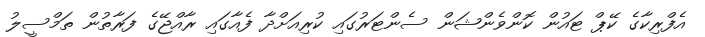
އެފްރިކާގެ ކޭޕް ޓައުން ކޮންވެންޝަން ސެންޓަރުގައި ކުރިއަށްދާ ފެއާގައި ރާއްޖޭގެ ފަރާތުން ތަމްސީލު